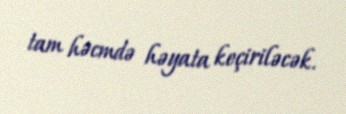
tam həcmdə həyata keçiriləcək.